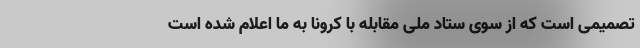
تصمیمی است که از سوی ستاد ملی مقابله با کرونا به ما اعلام شده است